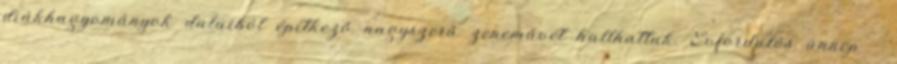
diákhagyományok dalaiból építkező nagyszerű zeneművét hallhattuk. Évfordulós ünnep -